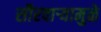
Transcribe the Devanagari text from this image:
सौरवाऱ्यामुळे